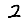
Digit: 2